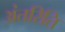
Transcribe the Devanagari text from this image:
अंतरिति